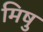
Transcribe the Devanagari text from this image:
मिषु